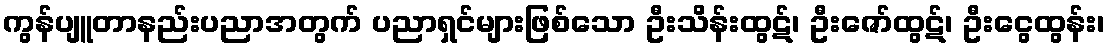
ကွန်ပျူတာနည်းပညာအတွက် ပညာရှင်များဖြစ်သော ဦးသိန်းထွဋ်၊ ဦးဇော်ထွဋ်၊ ဦးငွေထွန်း၊